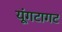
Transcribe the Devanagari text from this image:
यूंगटागट